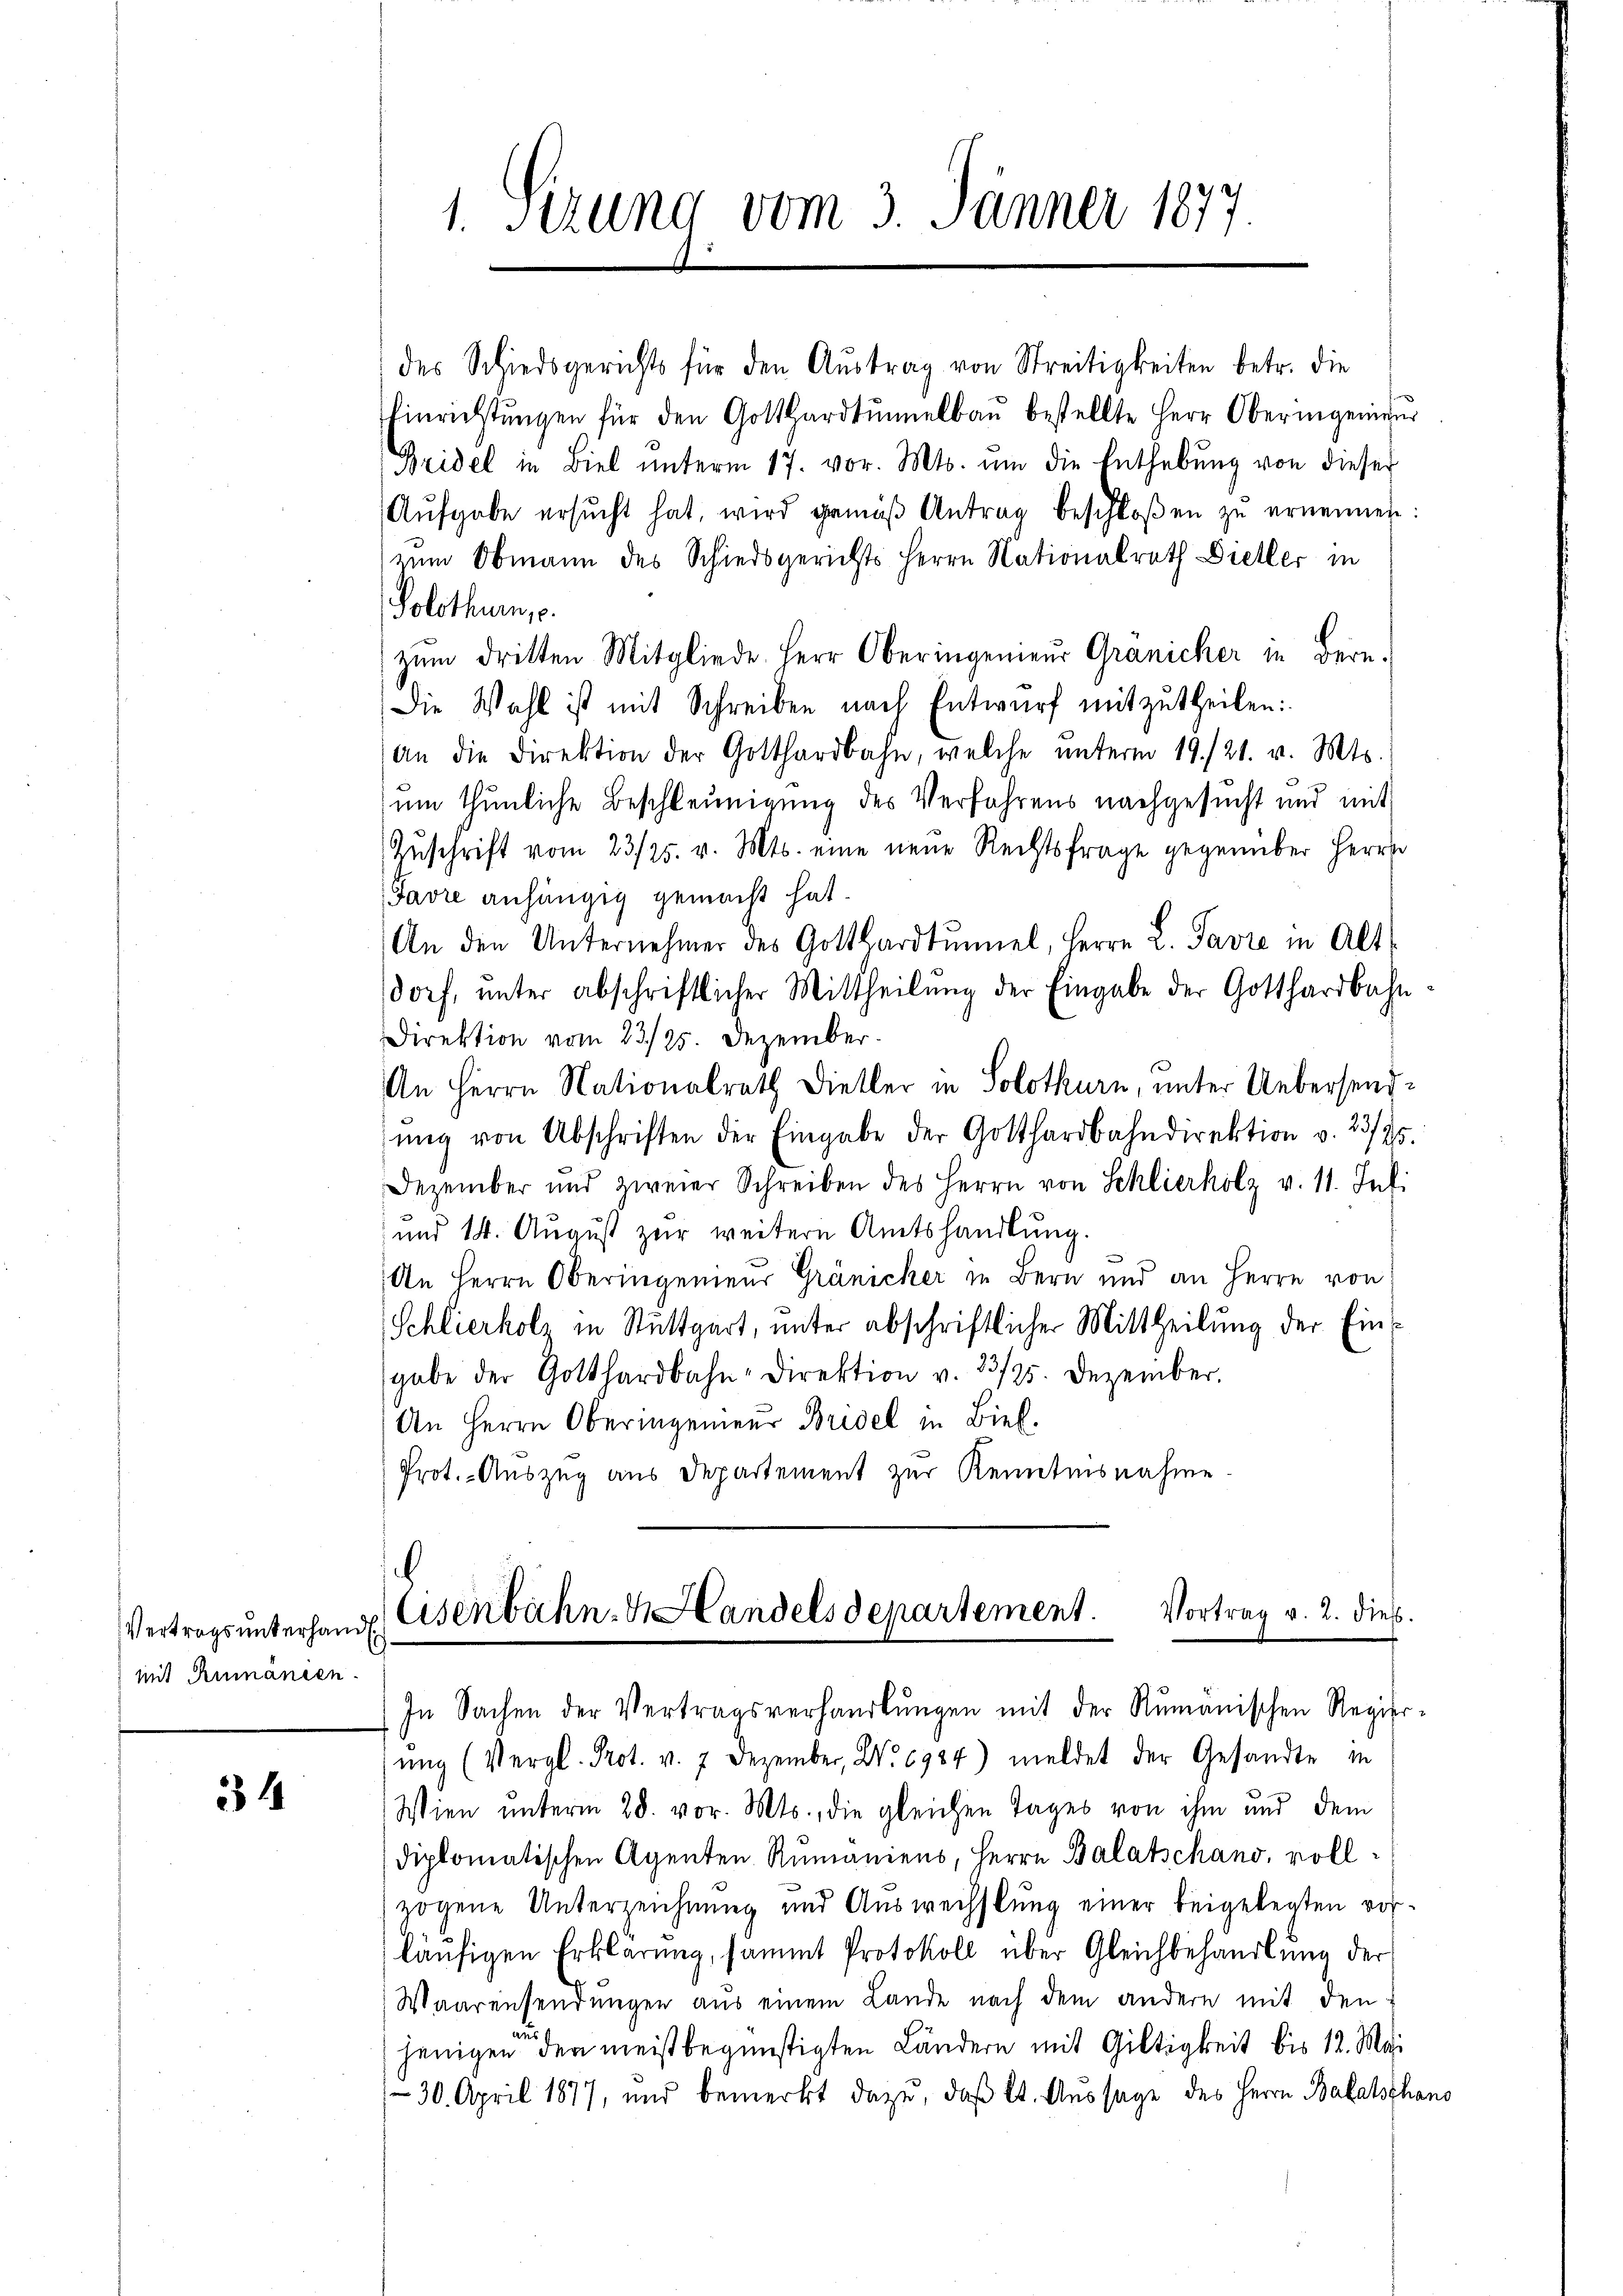
Vertrags unterhandl
mit Rumänien.

34

des Schiedsgerichts für den Austrag von Streitigkeiten betr. die
Einrichtŭngen für den Gotthardtŭmelbau bestellte Herr Oberingenieŭr
Weidel in Biel ŭnterm 17. vor. Mts. ŭm die Enthebŭng von dieser
Aŭfgabe ersŭcht hat, wird gemäβ Antrag beschloßen zu ernennen:
zum Obmann des Schiedsgerichts Herrn Nationalrath Dieller in
Solothurn, c.
zŭm dritten Mitgliede Herr Oberingenieŭr Gränicher in Bere
Die Wahl ist mit Schreiben nach Entwurf mitzutheilen:
An die Direktion der Gotthardbahn, welche ŭnterm 19./21. v. Mts.
um thunliche Beschleunigung des Verfahrens nachgesucht und mit
Zuschrift vom 23/25. v. Mts. eine neue Rechtsfrage gegenüber Herrn
Javre anhängig gemacht hat.
An den Unternehmer des Gotthardtŭmiel, Herrn L. Favre in Alt-
dorf, unter abschriftlicher Mittheilung der Eingabe der Gotthardbahn
Direktion vom 23./25. Dezember.
An Herrn Nationalrath Dieller in Solothurn, unter Uebersendŭng von Abschriften der Eingabe der Gotthardbahndirektion v. 23/25.
Dezember und zweier Schreiben des Herrn von Schlierholz v. 11. Juli
und 14. August zur weitern Amtshandlung.
An Herrn Oberingenieur Gränicker in Bern und an Herrn von
Schlierholz in Stuttgart, unter abschriftlicher Mittheilung der Eingabe der Gotthardbahn-Direktion v. 23/25. Dezember.
An Herrn Oberingenieur Bridel in Biel.
Prot. - Auszug aus Departement zur Kenntnisnahme

1. Sirung vom 3. Jänner 1877.

6
Eisenbahn. Handelsdepartement. Vortrag v. 2. dies
In Sachen der Vertragsverhandlungen mit der Rumänischen Regier-

ŭng (Vergl. Prot. v. 7 Dezember, No. 1984) meldet der Gesandte in
Wien unterm 28. vor. Mts., die gleichen Tages von ihm und dem
diplomatischen Agenten Rŭmaniens, Herrn Balatschano, vollzogene Unterzeichnung und Auswechslung einer beigelegten vorläufigen Erklärung, sammt Protokoll über Gleichbehandlung der
Waarensendungen aus einem Lande nach dem andere mit den
aus
jenigen den meist begünstigten Ländern mit Giltigkeit bis 12. Mai
30. April 1877, und bemerkt dazu, daß kt. Aussage des Herrn Balatschaus